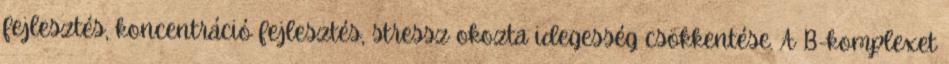
fejlesztés, koncentráció fejlesztés, stressz okozta idegesség csökkentése. A B-komplexet